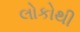
લોકોથી